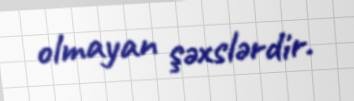
olmayan şəxslərdir.